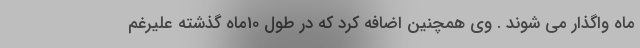
ماه واگذار می شوند . وی همچنین اضافه کرد که در طول 10ماه گذشته علیرغم